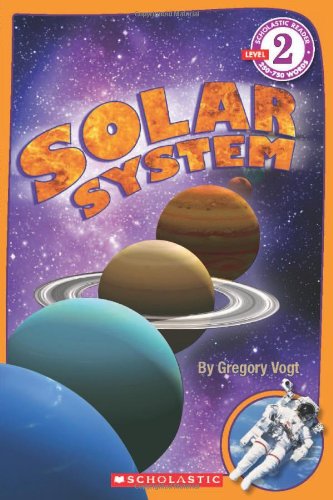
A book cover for Scholastic Reader Level 2: Solar System; Gregory Vogt; Children's Books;